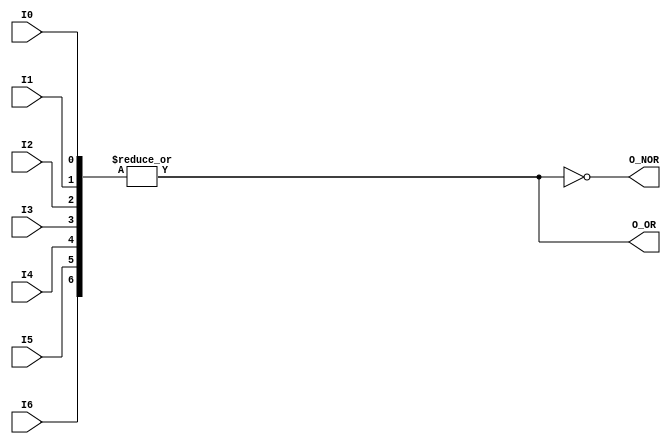
// This program was cloned from: https://github.com/steveicarus/ivtest
// License: GNU General Public License v2.0

module ornor7(output wire O_OR, output wire O_NOR,
	      input wire I0, I1, I2, I3, I4, I5, I6);

   assign O_OR  =  | {I0, I1, I2, I3, I4, I5, I6};
   assign O_NOR = ~| {I0, I1, I2, I3, I4, I5, I6};

endmodule